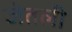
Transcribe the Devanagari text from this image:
जेतली